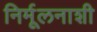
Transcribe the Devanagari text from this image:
निर्मूलनाशी